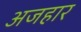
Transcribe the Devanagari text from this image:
अजहार